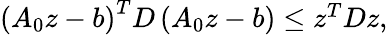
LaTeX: \begin{array}{r}{\left(A_{0}z-b\right)^{T}D\left(A_{0}z-b\right)\leq z^{T}Dz,}\end{array}